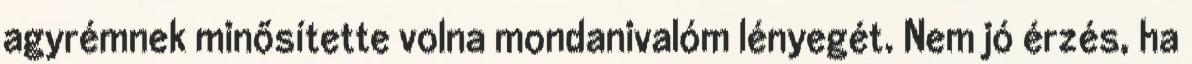
agyrémnek minő­sítette volna mondanivalóm lé­nye­­gét. Nem jó érzés, ha